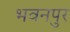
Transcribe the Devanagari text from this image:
भवनपुर